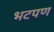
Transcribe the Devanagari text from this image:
भटपण